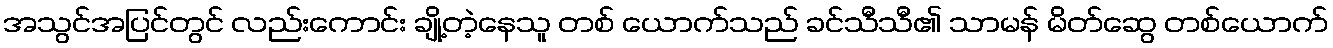
အသွင်အပြင်တွင် လည်းကောင်း ချို့တဲ့နေသူ တစ် ယောက်သည် ခင်သီသီ၏ သာမန် မိတ်ဆွေ တစ်ယောက်